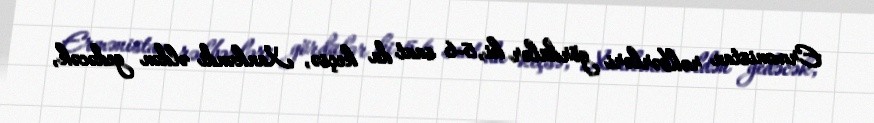
Ermənistan rəhbərləri gördülər ki, 5-6 saat da keçsə, Xankəndi əldən gedəcək,